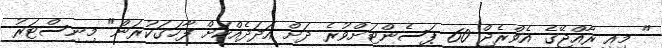
" މިއީ ރާއްޖޭގެ އެވްރެޖް 60 ޕަސެންޓަށްވުރެ ދަށް އަދަދެއްކަށް ފާހަގަކުރަން" މިނިސްޓަރު